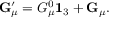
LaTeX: { \bf G } _ { \mu } ^ { \prime } = G _ { \mu } ^ { 0 } { \bf 1 } _ { 3 } + { \bf G } _ { \mu } .